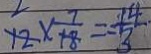
1 2 \times \frac { 7 } { 1 8 } = \frac { 1 4 } { 3 }